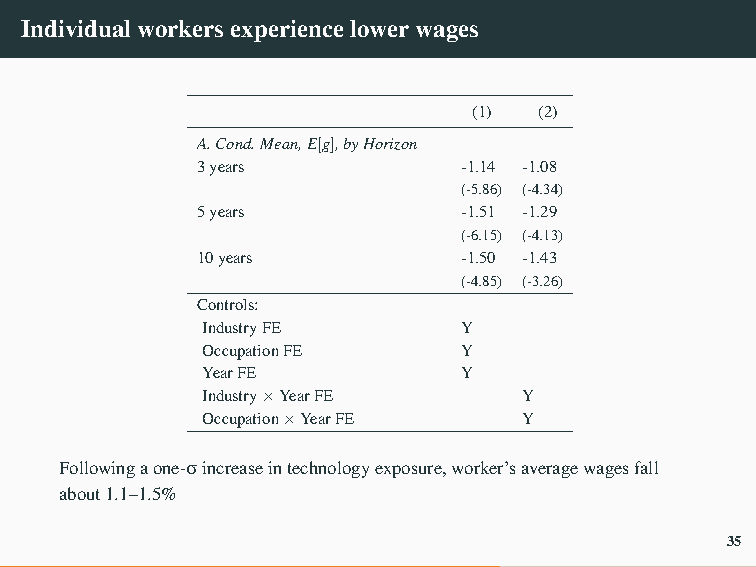
Individualworkersexperiencelowerwages
 (1)  (2)
 A.Cond.Mean,E[g],byHorizon
 3years            -1.14 -1.08
 (-5.86) (-4.34)
 5years            -1.51 -1.29
 (-6.15) (-4.13)
 10years           -1.50 -1.43
 (-4.85) (-3.26)
 Controls:
 IndustryFE        Y
 OccupationFE      Y
 YearFE            Y
 Industry×YearFE       Y
 Occupation×YearFE     Y
 Followingaone-σincreaseintechnologyexposure,worker’saveragewagesfall
 about1.1–1.5%
 35